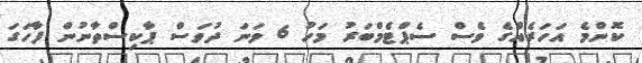
ކޮންމެ އަހަރެއްގެ ވެސް ސެޕްޓެމްބަރު މަހު 6 ވަނަ ދުވަސް ޕާކިސްތާނުން ފާހަގަ